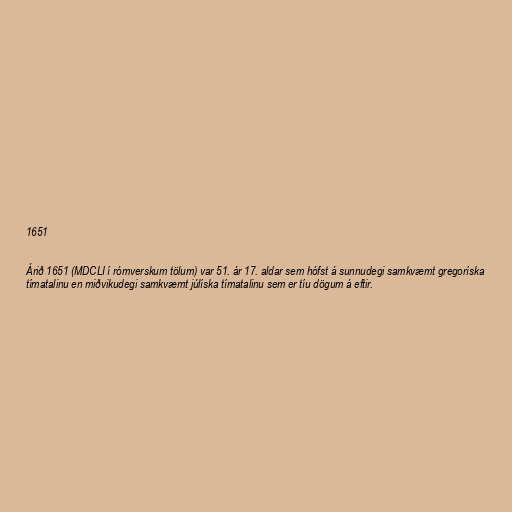
1651

Árið 1651 (MDCLI í rómverskum tölum) var 51. ár 17. aldar sem hófst á sunnudegi samkvæmt gregoríska
tímatalinu en miðvikudegi samkvæmt júlíska tímatalinu sem er tíu dögum á eftir.